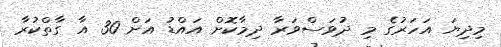
މިދިޔަ އަހަރުގެ މި ދުވަސްވަރާ ދިމާކޮށް އައްޑު އަށް 30 އާ ގާތްކުރާ